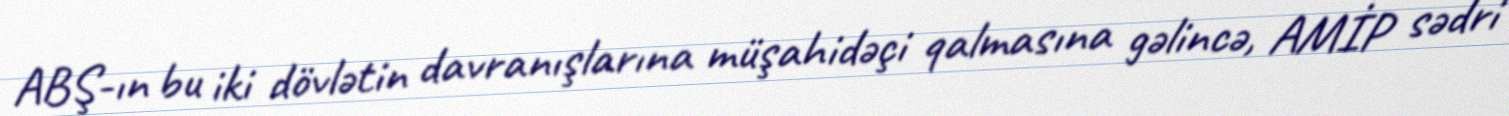
ABŞ-ın bu iki dövlətin davranışlarına müşahidəçi qalmasına gəlincə, AMİP sədri